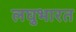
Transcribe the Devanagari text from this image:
लघुभारत